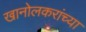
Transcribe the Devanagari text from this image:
खानोलकरांच्या